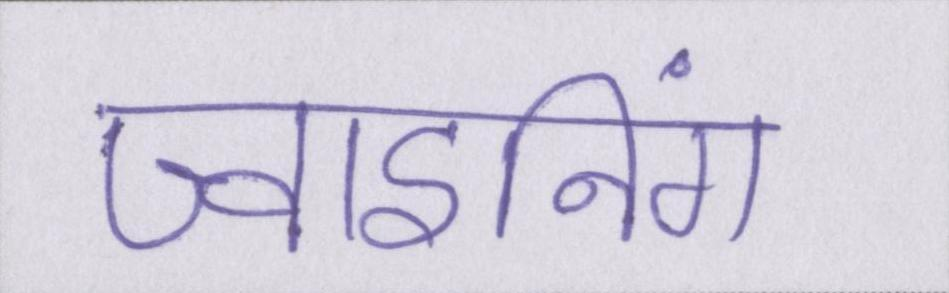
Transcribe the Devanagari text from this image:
ज्वाइनिंग